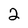
Character: 2